Vaccine operations Central Provinces 1868-1885 - 1868-1885
Year: 1868
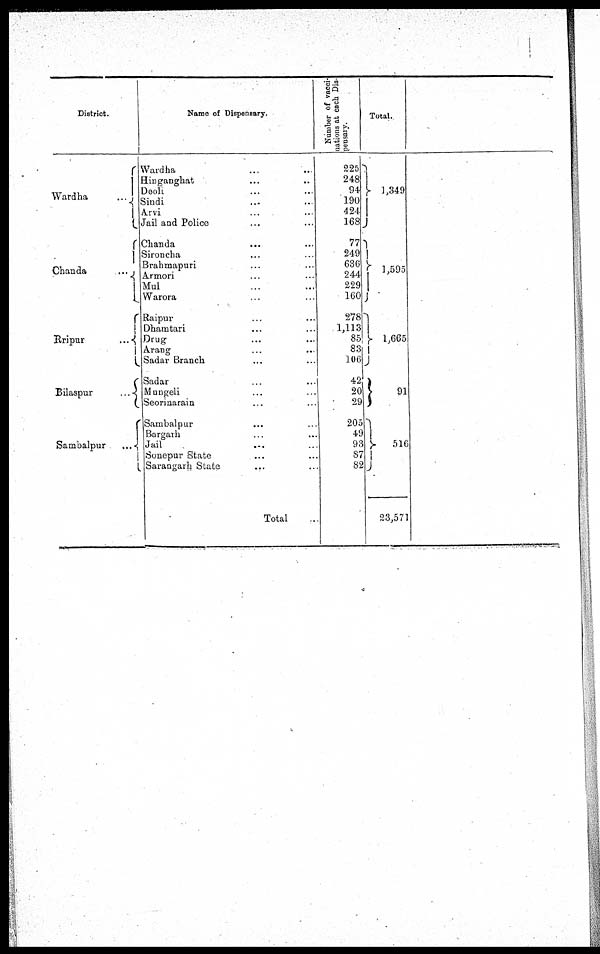
District.
Wardha
...
Chanda
...
Raipur
...
Bilaspur
...
Sambalpur
...
Name of Dispensary.
Wardha ... ...
Hinganghat ... ...
Deoli ... ...
Sindi ... ...
Arvi ... ...
Jail and Police ... ...
Chanda ... ...
Sironcha ... ...
Brahmapuri ... ...
Armori ... ...
Mul ... ...
Warora ... ...
Raipur ... ...
Dhamtari ... ...
Drug ... ...
Arang ... ...
Sadar Branch. ... ...
Sadar ... ...
Mungeli ... ...
Seorinarain ... ...
Sambalpur ... ...
Bargarh ... ...
Jail
... ...
Sonepur State ... ...
Sarangarh State ... ...
Total
Number of vacci¬
nations at each Dis-
-------.
225
248
94
190
424
168
77
249
636
244
229
160
278
1,113
85
83
106
42
20
29
205
49
93
87
82
Total.
1,349
1,595
1,665
91
516
23,571